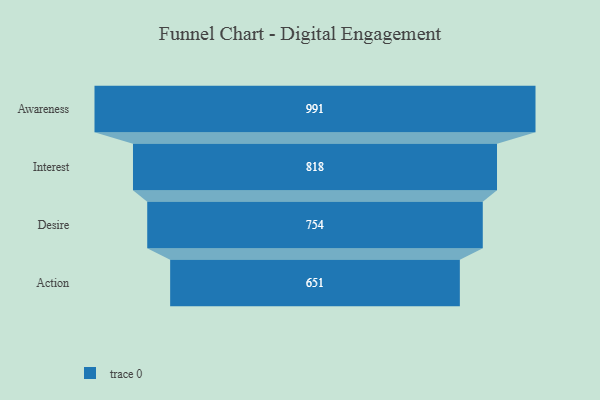
{"axis": {"x": "Stage", "y": "Value"}, "legend": [""], "data": [{"x": "Awareness", "y": 991.0, "type": ""}, {"x": "Interest", "y": 818.0, "type": ""}, {"x": "Desire", "y": 754.0, "type": ""}, {"x": "Action", "y": 651.0, "type": ""}]}